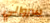
سروالي